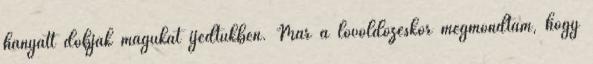
hanyatt dobják magukat ijedtükben. Már a lövöldözéskor megmondtam, hogy